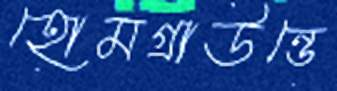
হোমগ্রাউন্ডে